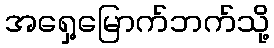
အရှေ့မြောက်ဘက်သို့